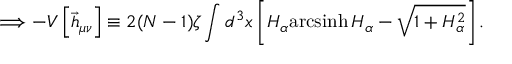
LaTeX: \Longrightarrow - V \left[ \vec { h } _ { \mu \nu } \right] \equiv 2 ( N - 1 ) \zeta \int d ^ { 3 } x \left[ H _ { \alpha } \mathrm { a r c s i n h } { \, } H _ { \alpha } - \sqrt { 1 + H _ { \alpha } ^ { 2 } } \right] .